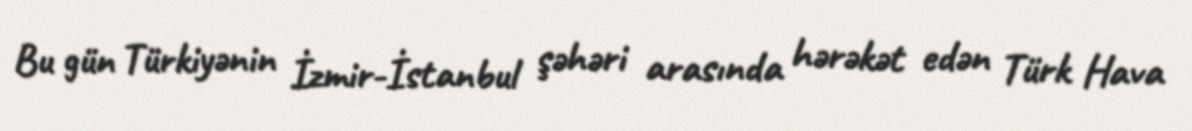
Bu gün Türkiyənin İzmir-İstanbul şəhəri arasında hərəkət edən Türk Hava